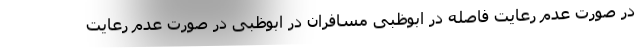
در صورت عدم رعایت فاصله در ابوظبی مسافران در ابوظبی در صورت عدم رعایت